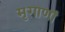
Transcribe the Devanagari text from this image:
मृगाणां